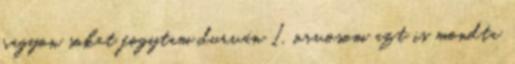
nagyon sokat fogytam durván 1, orvosom azt is mondta